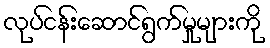
လုပ်ငန်းဆောင်ရွက်မှုများကို